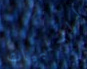
السلبيات